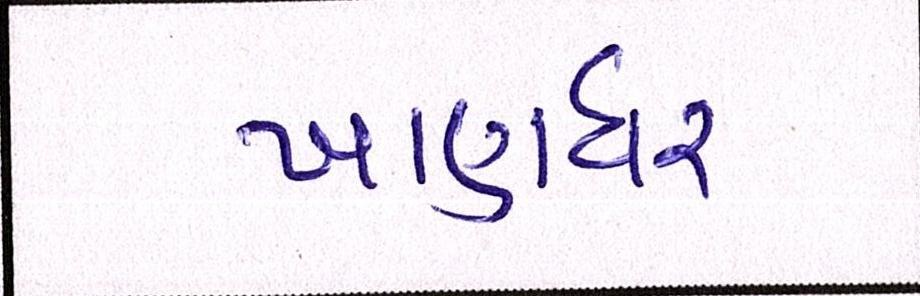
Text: ખાણધર